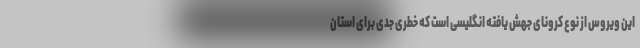
این ویروس از نوع کرونای جهش یافته انگلیسی است که خطری جدی برای استان